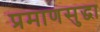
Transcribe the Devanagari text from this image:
प्रमाणसुद्धा